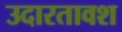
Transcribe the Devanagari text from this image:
उदारतावश